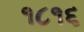
૧૮૧૬